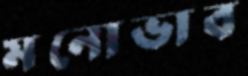
মনোভাব